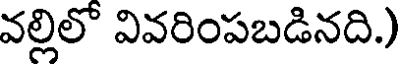
వల్లిలో వివరింపబడినది.)